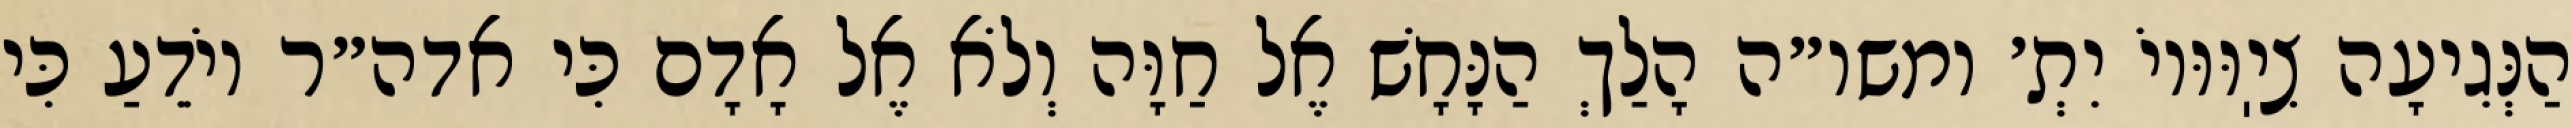
הַנְּגִיעָה צִיֽוּוּיוֹ יִתְ׳ ומשו״ה הָלַךְ הַנָּחָשׁ אֶל חַוָּה וְלֹא אֶל אָדָם כִּי אדה״ר יוֹדֵעַ כִּי